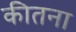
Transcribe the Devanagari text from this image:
कीतना